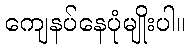
ကျေနပ်နေပုံမျိုးပါ။